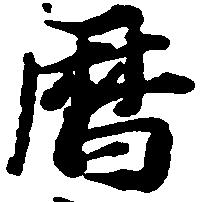
暦